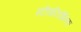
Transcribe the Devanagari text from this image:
स्टीयरिडोनिक